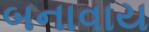
બનાવાય